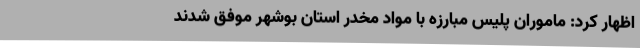
اظهار کرد: ماموران پلیس مبارزه با مواد مخدر استان بوشهر موفق شدند